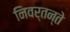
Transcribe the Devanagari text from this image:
निवर्तन्ते